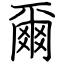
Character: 爾